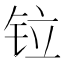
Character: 𫟷